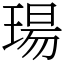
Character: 瑒